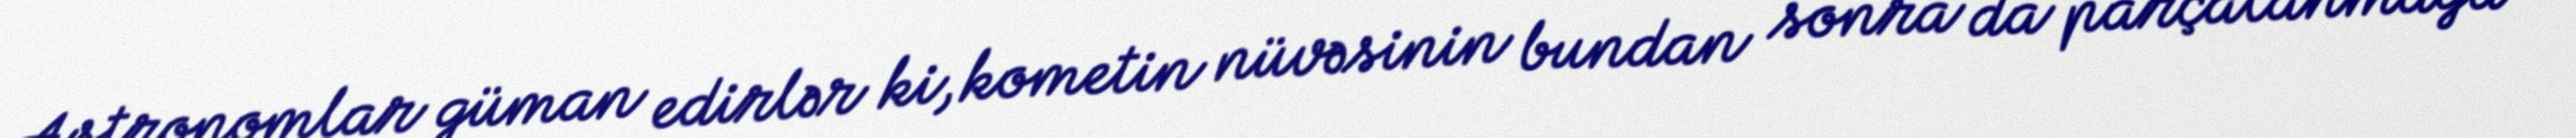
Astronomlar güman edirlər ki, kometin nüvəsinin bundan sonra da parçalanmağa